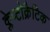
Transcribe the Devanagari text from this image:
क्लेप्टोक्रैटिक